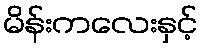
မိန်းကလေးနှင့်